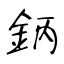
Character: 鈵